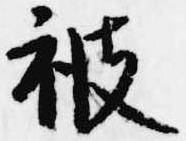
被